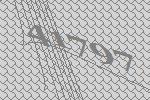
41797